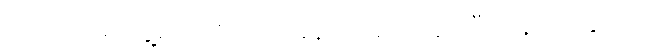
ကိုယ့်ကိုမတွေ့ရင် ကိုယ့် အခန်းကို သော့ဖွင့်ပြီး နေထိုင်နှင့်ပါ။